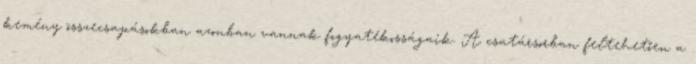
kemény összecsapásokban azonban vannak fogyatékosságaik. A csatársorban feltehetően a